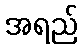
အရည်